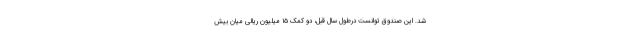
شد. این صندوق توانست درطول سال قبل، دو کمک ۱۵ میلیون ریالی میان بیش